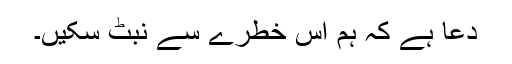
دعا ہے کہ ہم اس خطرے سے نبٹ سکیں۔